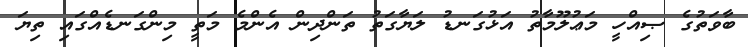
ބާވަތުގެ ޞިއްހީ މަޢުލޫމާތު އަޅުގަނޑު ލަޔާގަތު ތަންދިން އެންމެ މަތީ މިންގަނޑެއްގައި ތިޔަ